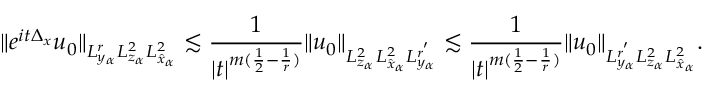
\| e ^ { i t \Delta _ { x } } u _ { 0 } \| _ { L _ { y _ { \alpha } } ^ { r } L _ { z _ { \alpha } } ^ { 2 } L _ { \hat { x } _ { \alpha } } ^ { 2 } } \lesssim \frac { 1 } { | t | ^ { m ( \frac { 1 } { 2 } - \frac { 1 } { r } ) } } \| u _ { 0 } \| _ { L _ { z _ { \alpha } } ^ { 2 } L _ { \hat { x } _ { \alpha } } ^ { 2 } L _ { y _ { \alpha } } ^ { r ^ { ' } } } \lesssim \frac { 1 } { | t | ^ { m ( \frac { 1 } { 2 } - \frac { 1 } { r } ) } } \| u _ { 0 } \| _ { L _ { y _ { \alpha } } ^ { r ^ { ' } } L _ { z _ { \alpha } } ^ { 2 } L _ { \hat { x } _ { \alpha } } ^ { 2 } } .